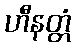
ဟီနတ္တံ